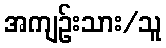
အကျဉ်းသား/သူ